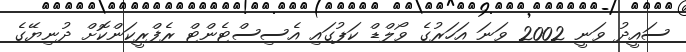
ސައީދު ވަނީ 2002 ވަނަ އަހަރުގެ ވޯލްޑް ކަޕުގައި އެސިސްޓެންޓް ރެފްރީކަންކޮށް ދުނިޔޭގެ